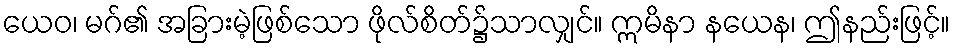
ယေဝ၊ မဂ်၏ အခြားမဲ့ဖြစ်သော ဖိုလ်စိတ်၌သာလျှင်။ ဣမိနာ နယေန၊ ဤနည်းဖြင့်။